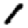
Digit: 1